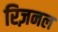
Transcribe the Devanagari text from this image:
रिज़नल